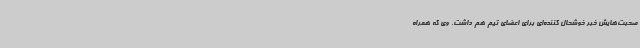
صحبت‌هایش خبر خوشحال کننده‌ای برای اعضای تیم هم داشت. وی که همراه